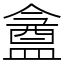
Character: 盦